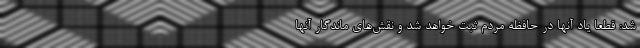
شد: قطعا یاد آنها در حافظه مردم ثبت خواهد شد و نقش‌های ماندگار آنها